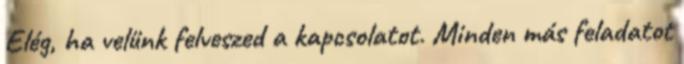
Elég, ha velünk felveszed a kapcsolatot. Minden más feladatot